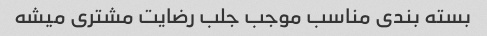
بسته بندی مناسب موجب جلب رضایت مشتری میشه